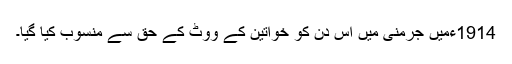
1914ءمیں جرمنی میں اس دن کو خواتین کے ووٹ کے حق سے منسوب کیا گیا۔